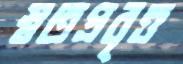
স্বতপ্রবৃত্ত